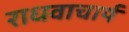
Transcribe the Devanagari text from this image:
राधवाचार्य